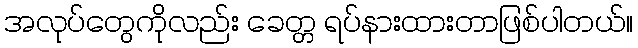
အလုပ်တွေကိုလည်း ခေတ္တ ရပ်နားထားတာဖြစ်ပါတယ်။